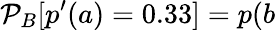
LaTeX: \mathcal{P}_{B}[p^{\prime}(a)=0.33]=p(b